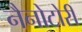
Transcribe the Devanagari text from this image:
नैनोटोरी